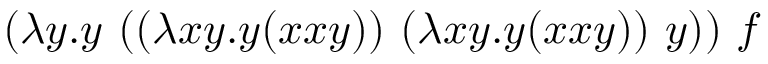
( \lambda y . y \ ( ( \lambda x y . y ( x x y ) ) \ ( \lambda x y . y ( x x y ) ) \ y ) ) \ f